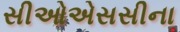
સીઓએસસીના